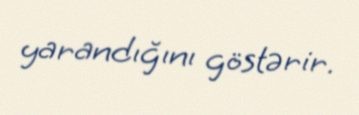
yarandığını göstərir.